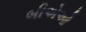
બીએઓ